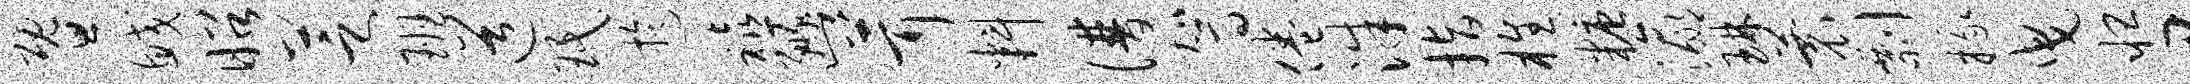
暨鲛昭芝班道珉迂禧豳茸料谱驾倦洙指樵糖瀛琳蓑剽掾曳怛尹